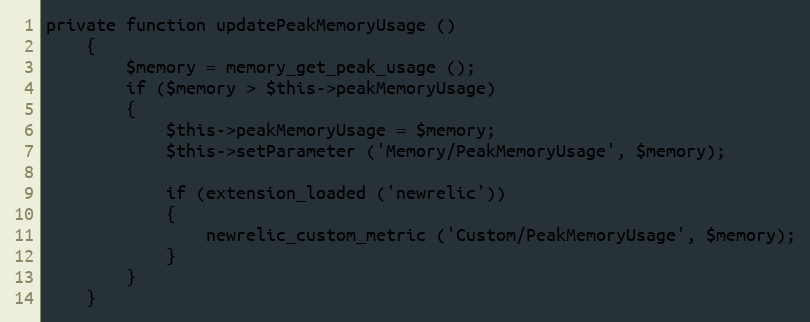
Language: PHP
private function updatePeakMemoryUsage ()
	{
		$memory = memory_get_peak_usage ();
		if ($memory > $this->peakMemoryUsage)
		{
			$this->peakMemoryUsage = $memory;
			$this->setParameter ('Memory/PeakMemoryUsage', $memory);

			if (extension_loaded ('newrelic'))
			{
				newrelic_custom_metric ('Custom/PeakMemoryUsage', $memory);
			}
		}
	}